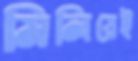
মিলিয়েই